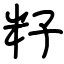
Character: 籽